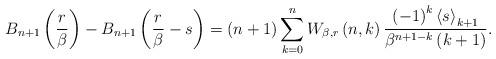
LaTeX: \begin{align*}B_{n+1}\left( \frac{r}{\beta}\right) -B_{n+1}\left( \frac{r}{\beta}-s\right) =\left( n+1\right) \sum_{k=0}^{n}W_{\beta,r}\left( n,k\right)\frac{\left( -1\right) ^{k}\left\langle s\right\rangle _{k+1}}{\beta^{n+1-k}\left( k+1\right) }. \end{align*}